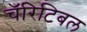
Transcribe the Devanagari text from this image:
चॅरिटिबल